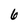
Character: 6